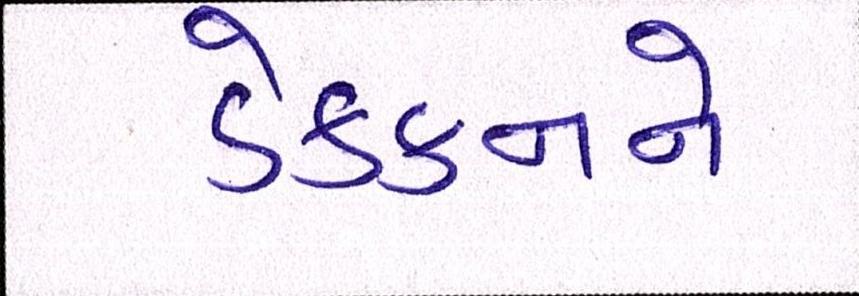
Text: ડેક્કનને